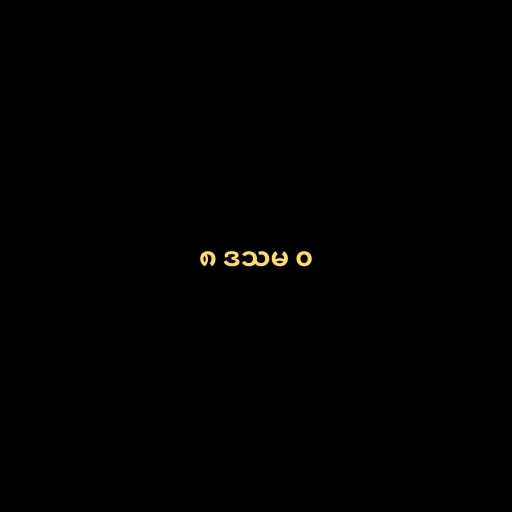
၈ ဒသမ ၀